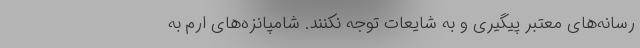
رسانه‌های معتبر پیگیری و به شایعات توجه نکنند. شامپانزه‌های ارم به